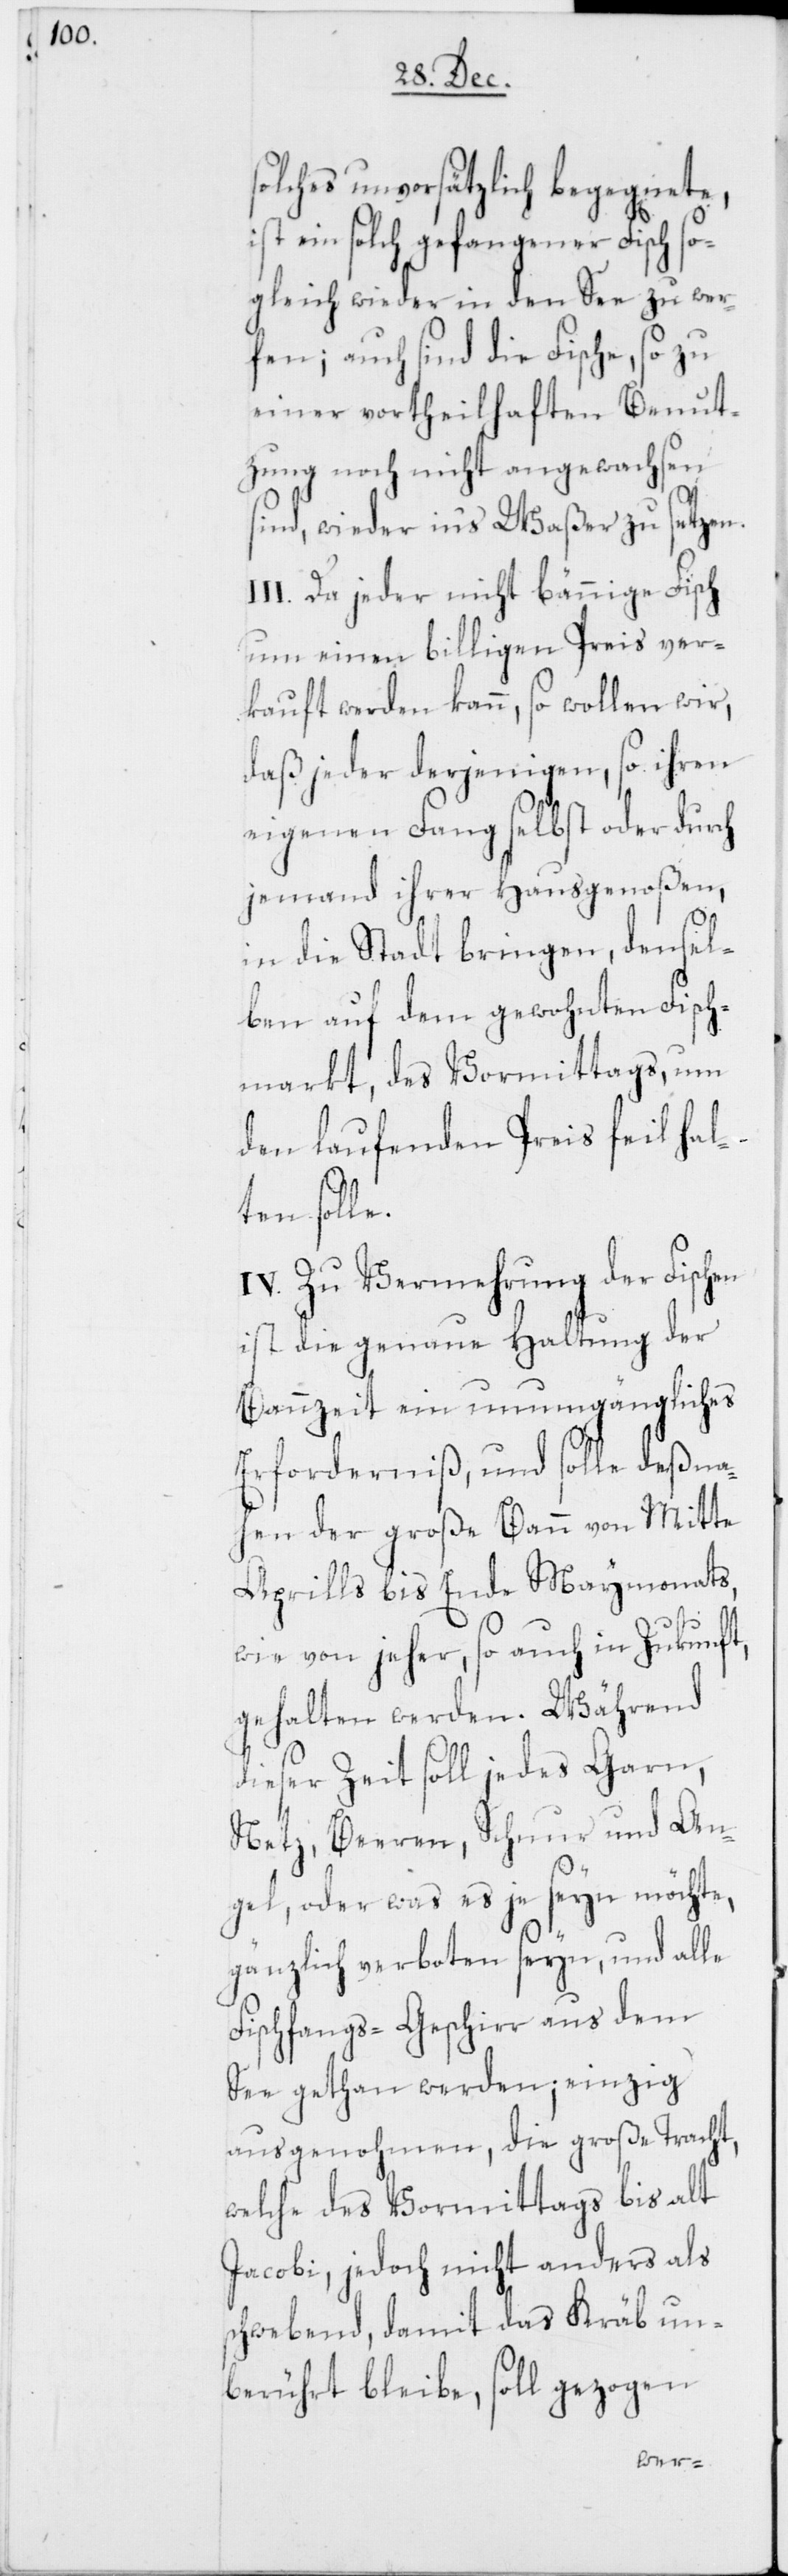
solches unvorsätzlich begegnete,
st ein solch gefangener Fisch so¬
gleich wieder in den See zu wer¬
fen; auch sind die Fische, so zu
einer vortheilhaften Benut¬
zung noch nicht angewachsen
i¬
sind, wieder ins Waßer zu setzen.
III. Da jeder nicht bännige Fisch
um einen billigen Preis ver¬
kauft werden kann, so wollen wir,
daß jeder derjenigen, so ihren
eigenen Fang selbst oder durch
jemand ihrer Hausgenoßen,
in die Stadt bringen, densel¬
ben auf dem gewohnten Fisch¬
markt, des Vormittags, um
den laufenden Preis feil hal¬
ten solle.
IV. Zu Vermehrung der Fischen
ist die genaue Haltung der
Bannzeit ein unumgängliches
Erforderniß, und solle deßna¬
hen der große Bann von Mitte
Aprills bis Ende Maymonats,
wie von jeher, so auch in Zukunft,
gehalten werden. Während
dieser Zeit soll jedes Garn,
Netz, Beeren, Schnur und An¬
gel, oder was es je seyn möchte,
gänzlich verboten seyn, und alle
Fischfangs-Geschirr aus dem
See gethan werden; einzig
ausgenohmen, die große Tracht,
welche des Vormittags bis alt
Jacobi, jedoch nicht anders als
schwebend, damit das Kräb un¬
berührt bleibe, soll gezogen